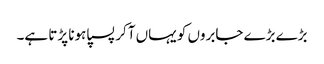
بڑے بڑے جابروں کو یہاں آکر پسپا ہونا پڑتا ہے۔